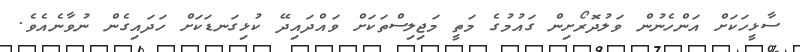
ސާޅީހަކަށް އަންހެނުން ވަލުދޮރޯށިން ގައުމުގެ މަތީ މަޖިލިސްތަކަށް ވައްދައިދޭ ކުޅިގަނޑަކަށް ހަދައިގެން ނުވާނެއެވެ.